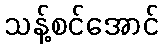
သန့်စင်အောင်